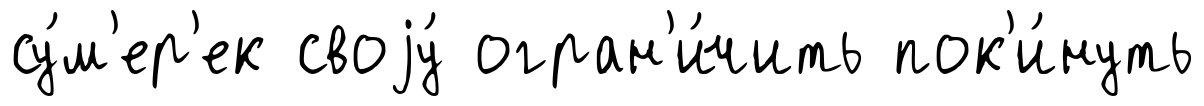
су́м'ер'ек своjу́ огран'и́чить пок'и́нуть